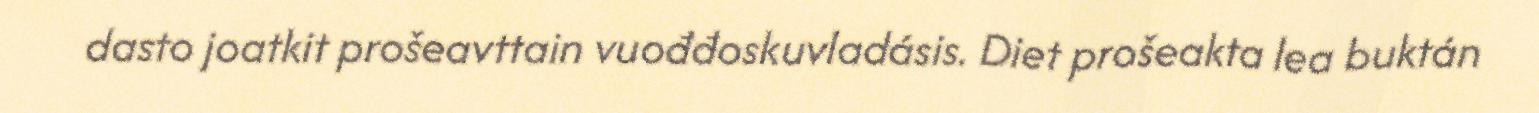
dasto joatkit prošeavttain vuođđoskuvladásis. Diet prošeakta lea buktán